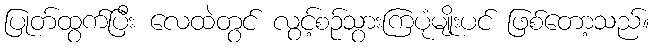
ပြုတ်ထွက်ပြီး လေထဲတွင် လွင့်စဉ်သွားကြပုံမျိုးပင် ဖြစ်တော့သည်။